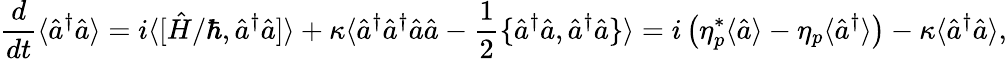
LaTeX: \frac{d}{dt}\langle\hat{a}^{\dagger}\hat{a}\rangle=i\langle[\hat{H}/\hbar,\hat{a}^{\dagger}\hat{a}]\rangle+\kappa\langle\hat{a}^{\dagger}\hat{a}^{\dagger}\hat{a}\hat{a}-\frac{1}{2}\{ \hat{a}^{\dagger}\hat{a},\hat{a}^{\dagger}\hat{a}\} \rangle=i\left(\eta_{p}^{*}\langle\hat{a}\rangle-\eta_{p}\langle\hat{a}^{\dagger}\rangle\right)-\kappa\langle\hat{a}^{\dagger}\hat{a}\rangle,